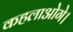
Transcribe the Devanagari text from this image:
कहलाओगे।